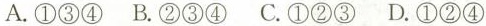
A.①③④ B.②③④ C.①②③ D.①②④